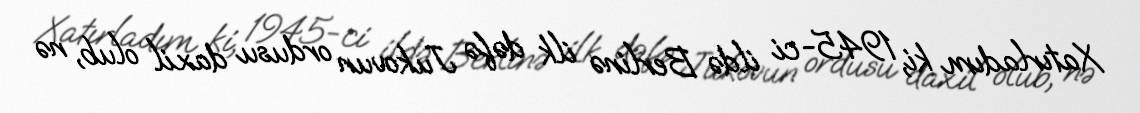
Xatırladım ki, 1945-ci ildə Berlinə ilk dəfə Jukovun ordusu daxil olub, nə